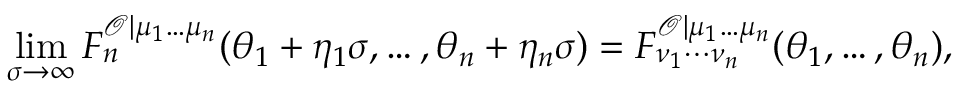
\operatorname * { l i m } _ { \sigma \rightarrow \infty } F _ { n } ^ { \mathcal { O } | \mu _ { 1 } \ldots \mu _ { n } } ( \theta _ { 1 } + \eta _ { 1 } \sigma , \ldots , \theta _ { n } + \eta _ { n } \sigma ) = F _ { \nu _ { 1 } \cdots \nu _ { n } } ^ { \mathcal { O } | \mu _ { 1 } \ldots \mu _ { n } } ( \theta _ { 1 } , \ldots , \theta _ { n } ) ,